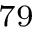
^ { 7 9 }